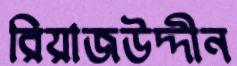
রিয়াজউদ্দীন